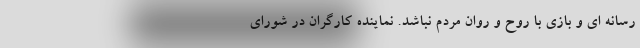
رسانه ای و بازی با روح و روان مردم نباشد. نماینده کارگران در شورای